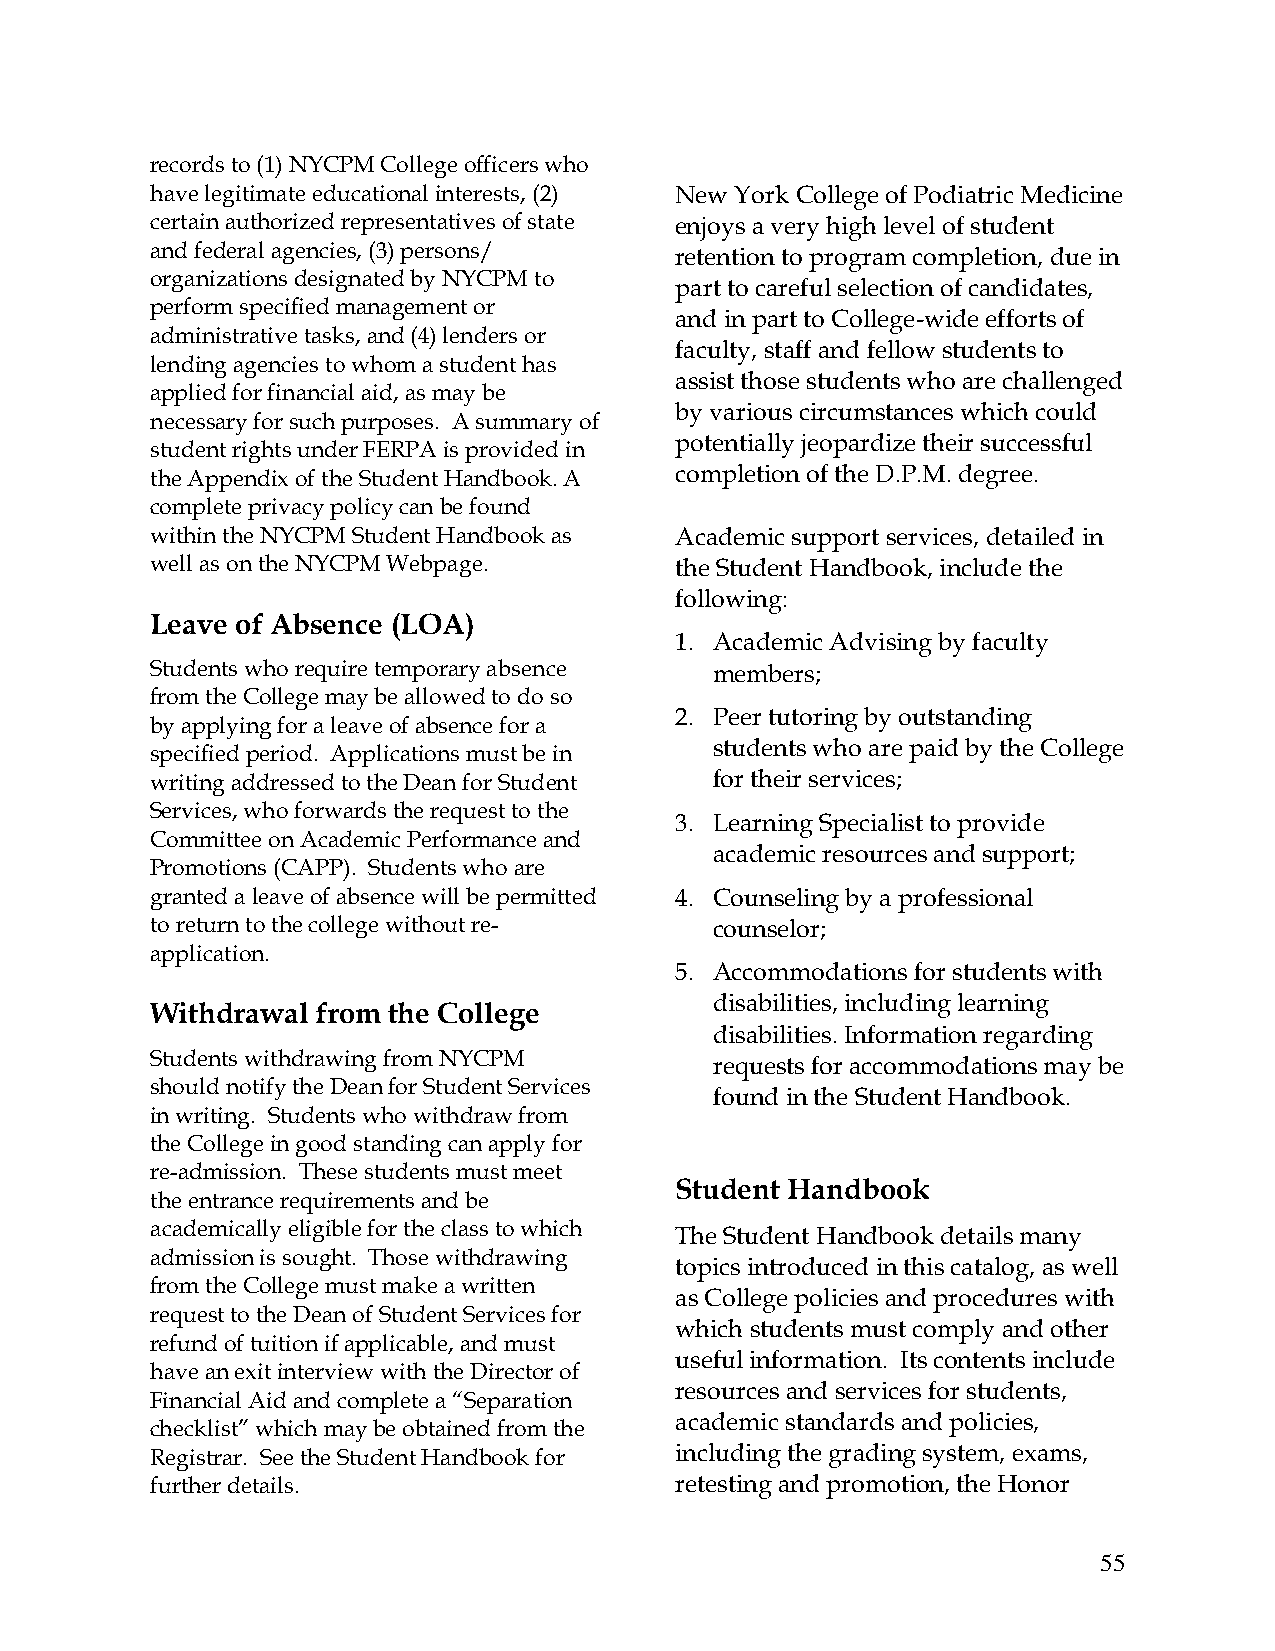
records to (1) NYCPM College officers who
 have legitimate educational interests, (2) New York College of Podiatric Medicine
 certain authorized representatives of state enjoys a very high level of student
 and federal agencies, (3) persons/ retention to program completion, due in
 organizations designated by NYCPM to
 part to careful selection of candidates,
 perform specified management or
 and in part to College-wide efforts of
 administrative tasks, and (4) lenders or
 faculty, staff and fellow students to
 lending agencies to whom a student has
 assist those students who are challenged
 applied for financial aid, as may be
 by various circumstances which could
 necessary for such purposes. A summary of
 potentially jeopardize their successful
 student rights under FERPA is provided in
 the Appendix of the Student Handbook. A completion of the D.P.M. degree.
 complete privacy policy can be found
 within the NYCPM Student Handbook as Academic support services, detailed in
 well as on the NYCPM Webpage.      the Student Handbook, include the
 following:
 Leave of Absence (LOA)
 1. Academic Advising by faculty
 Students who require temporary absence members;
 from the College may be allowed to do so
 2. Peer tutoring by outstanding
 by applying for a leave of absence for a
 students who are paid by the College
 specified period. Applications must be in
 writing addressed to the Dean for Student for their services;
 Services, who forwards the request to the
 3. Learning Specialist to provide
 Committee on Academic Performance and
 academic resources and support;
 Promotions (CAPP). Students who are
 granted a leave of absence will be permitted 4. Counseling by a professional
 to return to the college without re- counselor;
 application.
 5. Accommodations for students with
 disabilities, including learning
 Withdrawal from the College
 disabilities. Information regarding
 Students withdrawing from NYCPM
 requests for accommodations may be
 should notify the Dean for Student Services
 found in the Student Handbook.
 in writing. Students who withdraw from
 the College in good standing can apply for
 re-admission. These students must meet
 Student Handbook
 the entrance requirements and be
 academically eligible for the class to which The Student Handbook details many
 admission is sought. Those withdrawing
 topics introduced in this catalog, as well
 from the College must make a written
 as College policies and procedures with
 request to the Dean of Student Services for
 which students must comply and other
 refund of tuition if applicable, and must
 useful information. Its contents include
 have an exit interview with the Director of
 resources and services for students,
 Financial Aid and complete a “Separation
 academic standards and policies,
 checklist” which may be obtained from the
 Registrar. See the Student Handbook for including the grading system, exams,
 further details.                   retesting and promotion, the Honor
 55